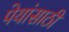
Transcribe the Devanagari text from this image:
पेयांसाठी